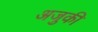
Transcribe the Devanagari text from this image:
अजुकी